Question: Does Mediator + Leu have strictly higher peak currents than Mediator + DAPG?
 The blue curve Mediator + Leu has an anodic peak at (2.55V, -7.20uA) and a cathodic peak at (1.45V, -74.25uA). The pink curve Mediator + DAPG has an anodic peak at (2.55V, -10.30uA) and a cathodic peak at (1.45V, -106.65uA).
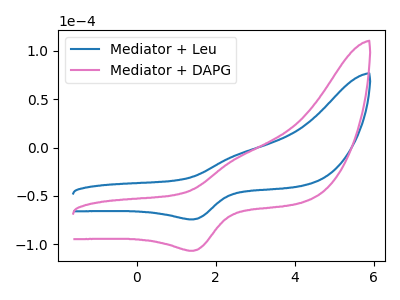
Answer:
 <answer>The peaks in "Mediator + Leu" are neither all higher or all lower than the peaks in "Mediator + DAPG".</answer>
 <eval>mixed</eval>